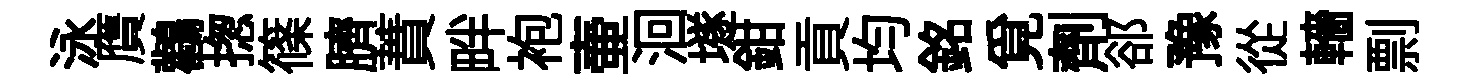
泳贋鸛揔篠臍蕡畔袍壷洄𡑞鉗貢均銘覓劑郤豫從轖剽